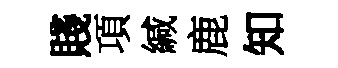
賤項緘鹿知